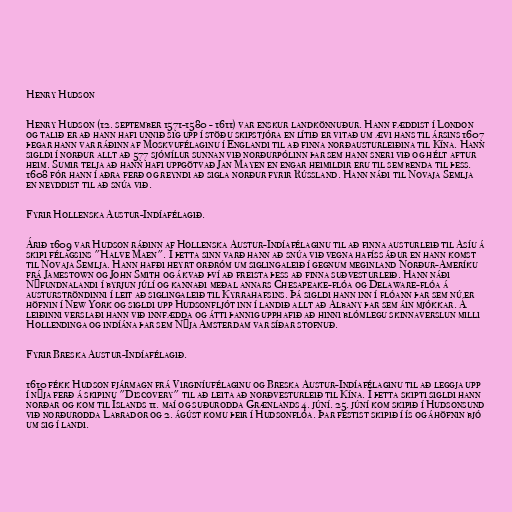
Henry Hudson

Henry Hudson (12. september 1571-1580 - 1611) var enskur landkönnuður. Hann fæddist í London
og talið er að hann hafi unnið sig upp í stöðu skipstjóra en lítið er vitað um ævi hans til ársins 1607
þegar hann var ráðinn af Moskvufélaginu í Englandi til að finna norðausturleiðina til Kína. Hann
sigldi í norður allt að 577 sjómílur sunnan við norðurpólinn þar sem hann sneri við og hélt aftur
heim. Sumir telja að hann hafi uppgötvað Jan Mayen en engar heimildir eru til sem benda til þess.
1608 fór hann í aðra ferð og reyndi að sigla norður fyrir Rússland. Hann náði til Novaja Semlja
en neyddist til að snúa við.

Fyrir Hollenska Austur-Indíafélagið.

Árið 1609 var Hudson ráðinn af Hollenska Austur-Indíafélaginu til að finna austurleið til Asíu á
skipi félagsins "Halve Maen". Í þetta sinn varð hann að snúa við vegna hafíss áður en hann komst
til Novaja Semlja. Hann hafði heyrt orðróm um siglingaleið í gegnum meginland Norður-Ameríku
frá Jamestown og John Smith og ákvað því að freista þess að finna suðvesturleið. Hann náði
Nýfundnalandi í byrjun júlí og kannaði meðal annars Chesapeake-flóa og Delaware-flóa á
austurströndinni í leit að siglingaleið til Kyrrahafsins. Þá sigldi hann inn í flóann þar sem nú er
höfnin í New York og sigldi upp Hudsonfljót inn í landið allt að Albany þar sem áin mjókkar. Á
leiðinni verslaði hann við innfædda og átti þannig upphafið að hinni blómlegu skinnaverslun milli
Hollendinga og indíána þar sem Nýja Amsterdam var síðar stofnuð.

Fyrir Breska Austur-Indíafélagið.

1610 fékk Hudson fjármagn frá Virginíufélaginu og Breska Austur-Indíafélaginu til að leggja upp
í nýja ferð á skipinu "Discovery" til að leita að norðvesturleið til Kína. Í þetta skipti sigldi hann
norðar og kom til Íslands 11. maí og suðurodda Grænlands 4. júní. 25. júní kom skipið í Hudsonsund
við norðurodda Labrador og 2. ágúst komu þeir í Hudsonflóa. Þar festist skipið í ís og áhöfnin bjó
um sig í landi.